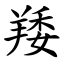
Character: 䍴